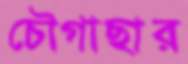
চৌগাছার